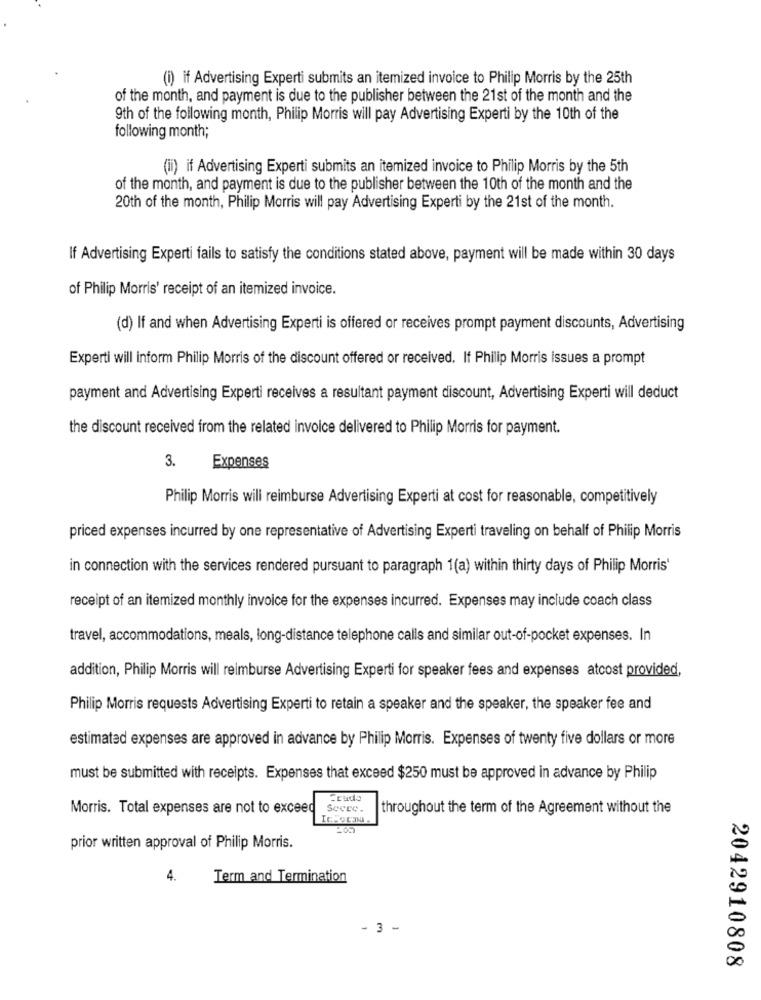
(i) if Advertising Experti submits an itemized invoice to Philip Morris by the 25th
of the month, and payment is due to the publisher between the 21st of the month and the
9th of the following month, Philip Morris will pay Advertising Experti by the 10th of the
following month;
(ii) if Advertising Experti submits an itemized invoice to Philip Morris by the 5th
of the month, and payment is due to the publisher between the 10th of the month and the
20th of the month, Philip Morris will pay Advertising Experti by the 21st of the month.
If Advertising Experti fails to satisfy the conditions stated above, payment will be made within 30 days
of Philip Morris' receipt of an itemized invoice.
(d) If and when Advertising Experti is offered or receives prompt payment discounts, Advertising
Experti will inform Philip Morris of the discount offered or received. If Philip Morris issues a prompt
payment and Advertising Experti receives a resultant payment discount, Advertising Experti will deduct
the discount received from the related invoice delivered to Philip Morris for payment.
3.
Expenses
Philip Morris will reimburse Advertising Experti at cost for reasonable, competitively
priced expenses incurred by one representative of Advertising Experti traveling on behalf of Philip Morris
in connection with the services rendered pursuant to paragraph 1(a) within thirty days of Philip Morris'
receipt of an itemized monthly invoice for the expenses incurred. Expenses may include coach class
travel, accommodations, meals, long-distance telephone calls and similar out-of-pocket expenses. In
addition, Philip Morris will reimburse Advertising Experti for speaker fees and expenses atcost provided,
Philip Morris requests Advertising Experti to retain a speaker and the speaker, the speaker fee and
estimated expenses are approved in advance by Philip Morris. Expenses of twenty five dollars or more
must be submitted with receipts. Expenses that exceed $250 must be approved in advance by Philip
Cruda
Morris. Total expenses are not to exceed
SOCLC.
throughout the term of the Agreement without the
prior written approval of Philip Morris.
4.
Term and Termination
- 3 -
2042910808